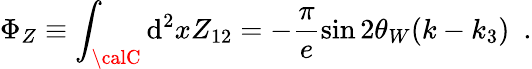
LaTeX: \Phi_{Z}\equiv\int_{\calC}\mathrm{d}^{2}xZ_{12}=-\frac{{\pi}}{{e}}\sin2\theta_{W}(k-k_{3})~~.